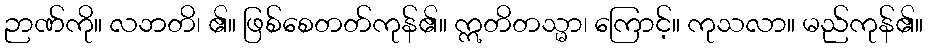
ဉာဏ်ကို။ လဘတိ၊ ၏။ ဖြစ်စေတတ်ကုန်၏။ ဣတိတသ္မာ၊ ကြောင့်။ ကုသလာ။ မည်ကုန်၏။